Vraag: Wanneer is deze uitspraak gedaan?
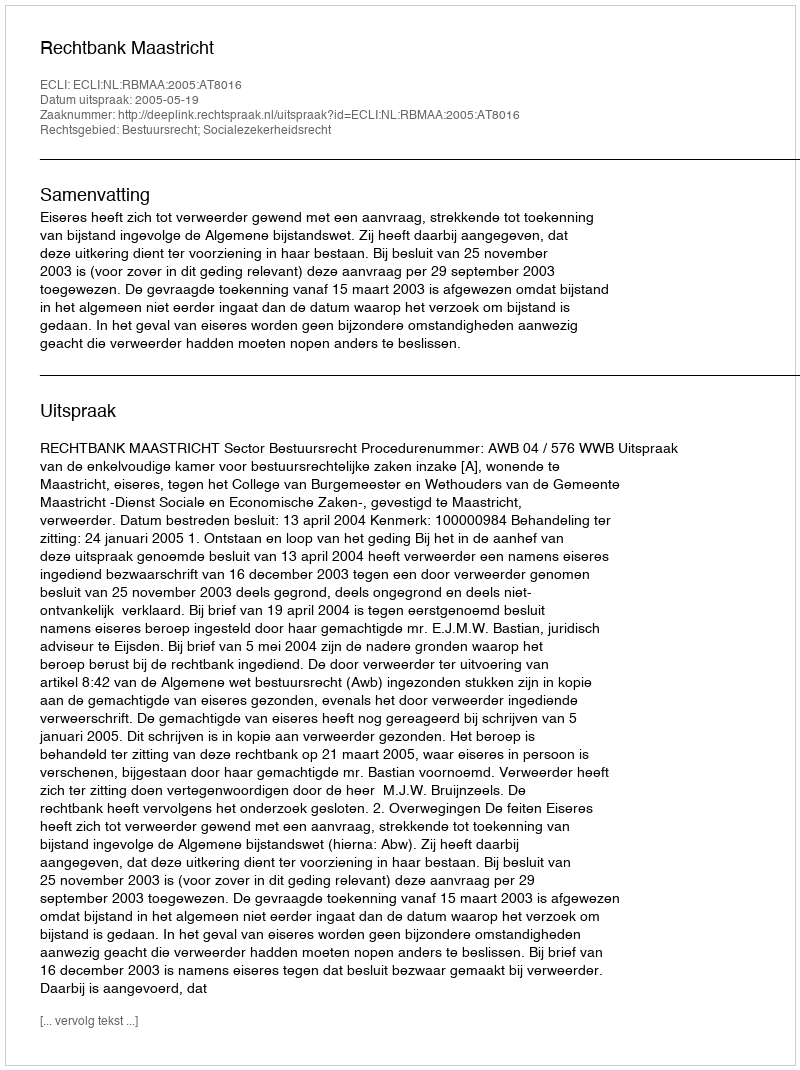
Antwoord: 2005-05-19